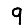
Digit: 9